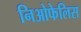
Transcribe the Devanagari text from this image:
निओफेलिस